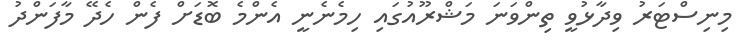
މިނިސްޓަރު ވިދާޅުވީ ތިންވަނަ މަޝްރޫއުގައި ހިމެނެނީ އެންމެ ބޮޑަށް ފެން ހެދޭ މާފަންދު